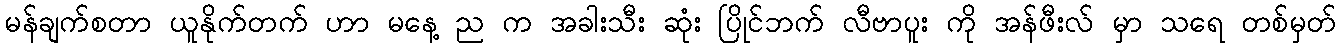
မန်ချက်စတာ ယူနိုက်တက် ဟာ မနေ့ ည က အခါးသီး ဆုံး ပြိုင်ဘက် လီဗာပူး ကို အန်ဖီးလ် မှာ သရေ တစ်မှတ်